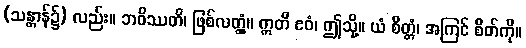
(သန္တာန်၌) လည်း။ ဘဝိဿတိ၊ ဖြစ်လတ္တံ့။ ဣတိ ဧဝံ၊ ဤသို့။ ယံ စိတ္တံ၊ အကြင် စိတ်ကို။